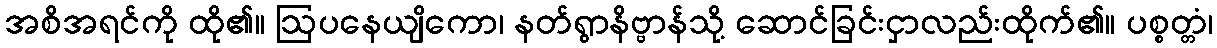
အစိအရင်ကို ထို၏။ ဩပနေယျိကော၊ နတ်ရွာနိဗ္ဗာန်သို့ ဆောင်ခြင်းငှာလည်းထိုက်၏။ ပစ္စတ္တံ၊